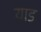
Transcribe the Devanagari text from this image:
याड